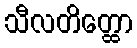
သီလတိတ္ထော